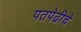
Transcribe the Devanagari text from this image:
पतपेढीचे